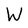
Character: W